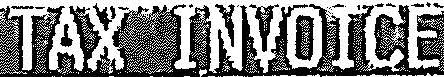
TAX INVOICE